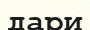
дари